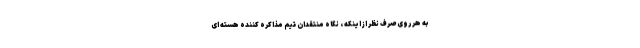
به هر روی صرف نظر از اینکه ، نگاه منتقدان تیم مذاکره کننده هسته ای